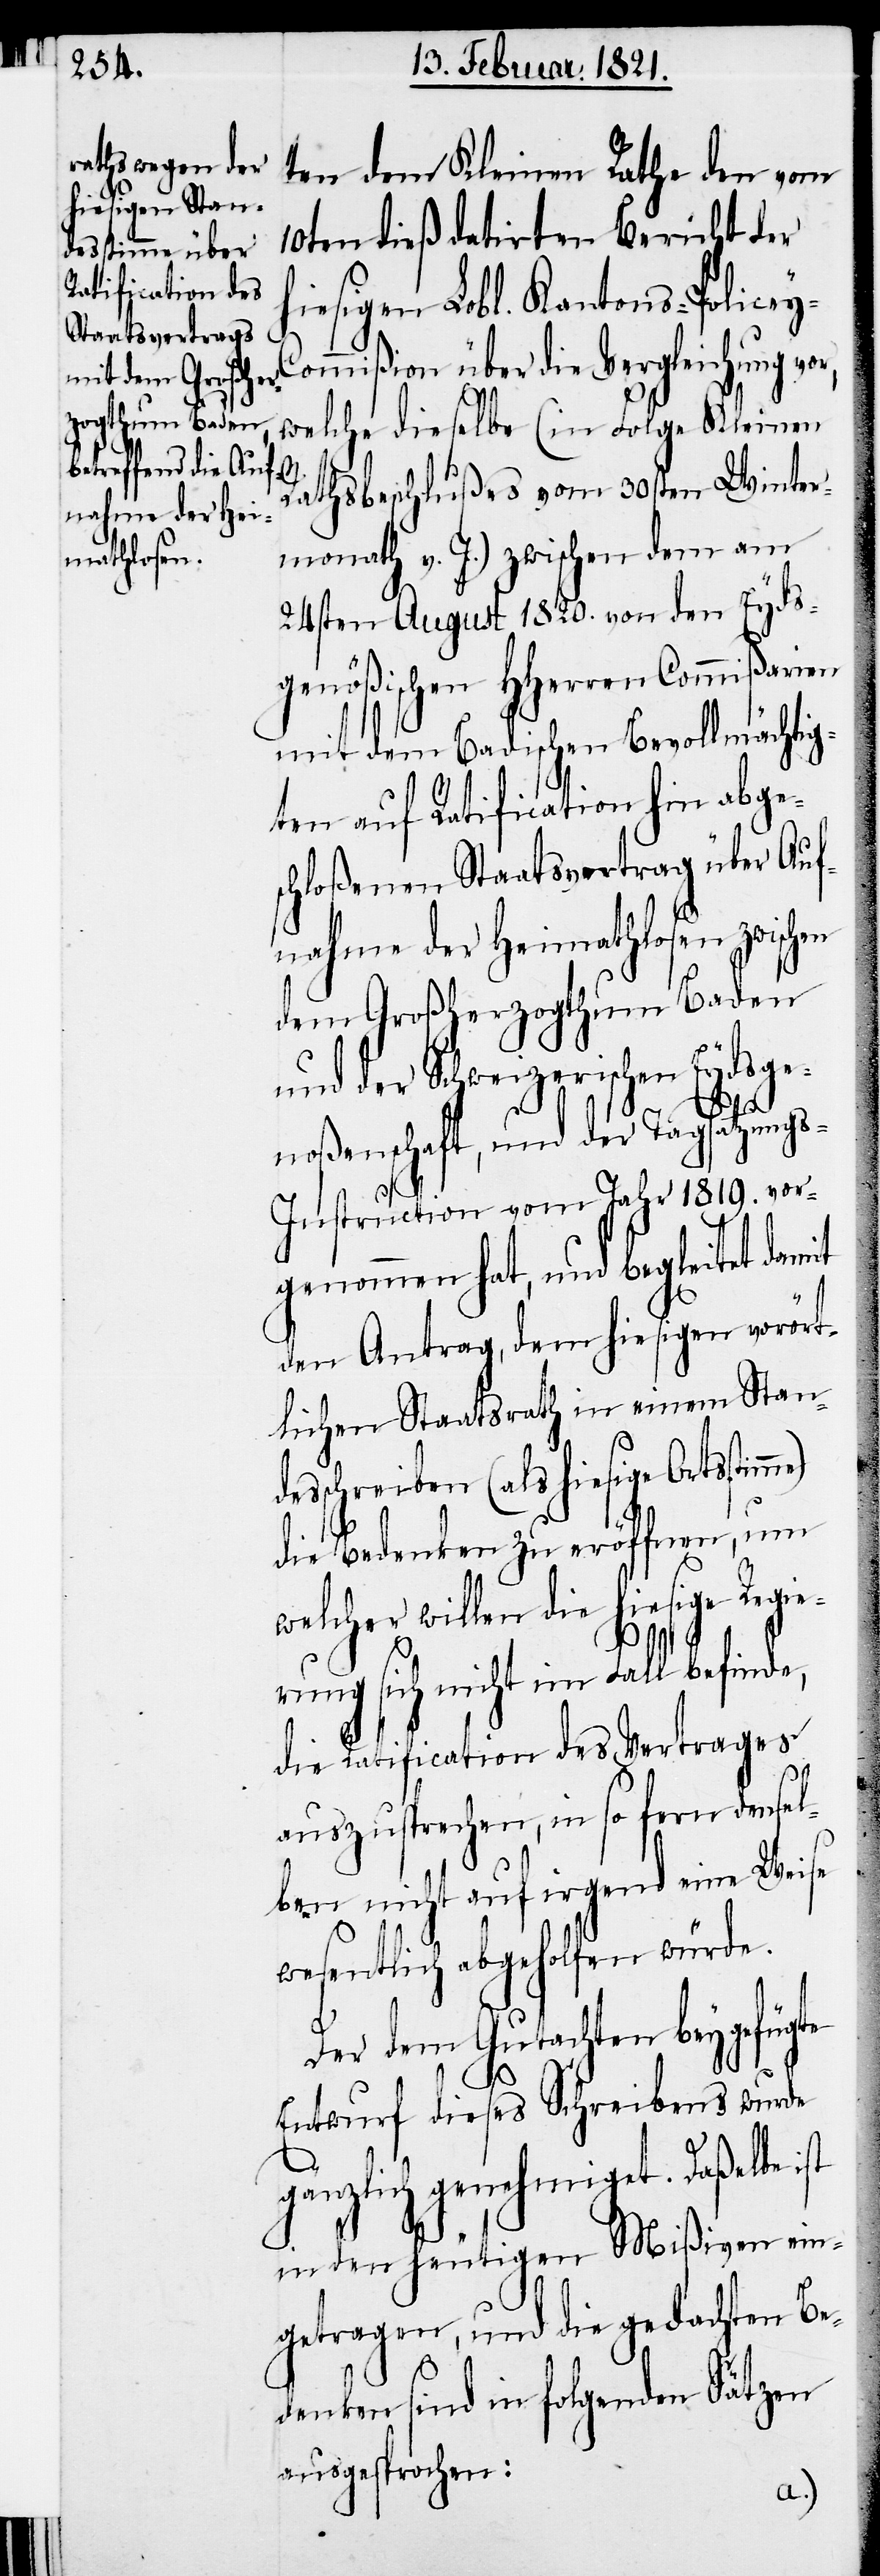
ten dem Kleinen Rathe den vom
10ten dieß datirten Bericht der
hiesigen Lobl. Kantons-Police¬
y-Commißion
welche dieselbe (in Folge Kleinem
Rathsbeschlußes vom 30sten Winter¬
monath v. J.) zwischen dem am
24sten August 1820. von den Eyds¬
genößischen HHerren Commißarien
mit dem Badischen Bevollmächtig¬
ten auf Ratification hin abge¬
schloßenen Staatsvertrag über Auf¬
nahme der Heimathlosen zwischen
dem Großherzogthum Baden
und der Schweizerischen Eydsge¬
noßenschaft, und der Tagsatzung¬
s-Instruction vom Jahr 1819. vor¬
genommen hat, und begleitet damit
den Antrag, dem hiesigen vorört¬
lichen Staatsrath in einem Stand¬
esschreiben (als hiesige Ortsstim¬
die Bedenken zu eröffnen, um
welcher willen die hiesige Regie¬
me)
rung sich nicht im Fall befinde,
die Ratification des Vertrages
auszusprechen, in so fern densel¬
ben nicht auf irgend eine Weise
wesentlich abgeholfen würde.
Der dem Gutachten beygefügte
Entwurf dieses Schreibens wurde
gänzlich genehmiget. Daßelbe
in den heutigen Mißiven ein¬
getragen, und die gedachten Be¬
denken sind in folgenden Sätzen
ausgesprochen: